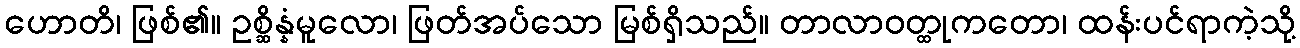
ဟောတိ၊ ဖြစ်၏။ ဥစ္ဆိန္နံမူလော၊ ဖြတ်အပ်သော မြစ်ရှိသည်။ တာလာဝတ္ထုကတော၊ ထန်းပင်ရာကဲ့သို့